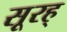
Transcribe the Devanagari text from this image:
सूरह्